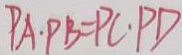
P A \cdot P B = P C \cdot P D